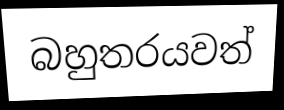
බහුතරයවත්